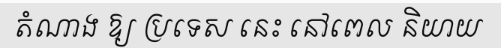
តំណាង ឱ្យ ប្រទេស នេះ នៅពេល និយាយ